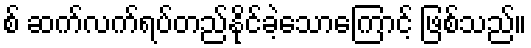
စ် ဆက်လက်ရပ်တည်နိုင်ခဲ့သောကြောင့် ဖြစ်သည်။